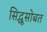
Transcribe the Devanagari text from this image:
सिद्धूसोबत